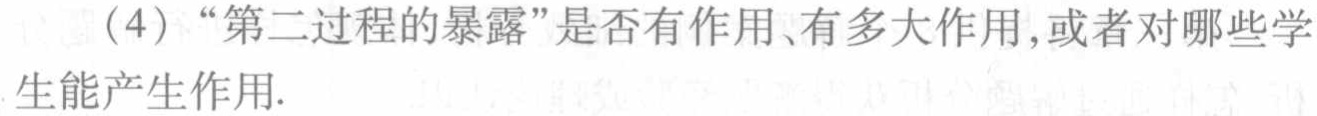
（4）“第二过程的暴露”是否有作用、有多大作用，或者对哪些学生能产生作用.